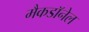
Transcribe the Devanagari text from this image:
मैकडाॅनेल